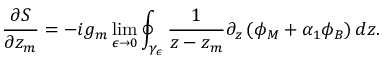
\frac { \partial S } { \partial z _ { m } } = - i g _ { m } \operatorname * { l i m } _ { \epsilon \rightarrow 0 } \oint _ { \gamma _ { \epsilon } } \frac { 1 } { z - z _ { m } } \partial _ { z } \left( \phi _ { M } + \alpha _ { 1 } \phi _ { B } \right) d z .